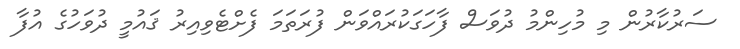
ސަރުކާރުން މި މުހިންމު ދުވަސް ފާހަގަކުރައްވަން ފުރަތަމަ ފެށްޓެވިއިރު ޤައުމީ ދުވަހުގެ އުފާ